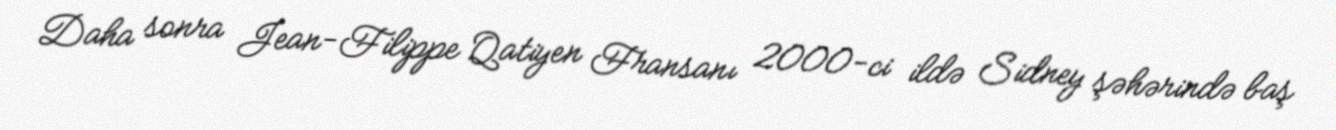
Daha sonra Jean-Filippe Qatiyen Fransanı 2000-ci ildə Sidney şəhərində baş